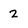
Character: 2